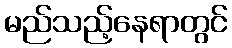
မည်သည့်နေရာတွင်